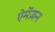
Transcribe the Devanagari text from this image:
ऐमेंज़न